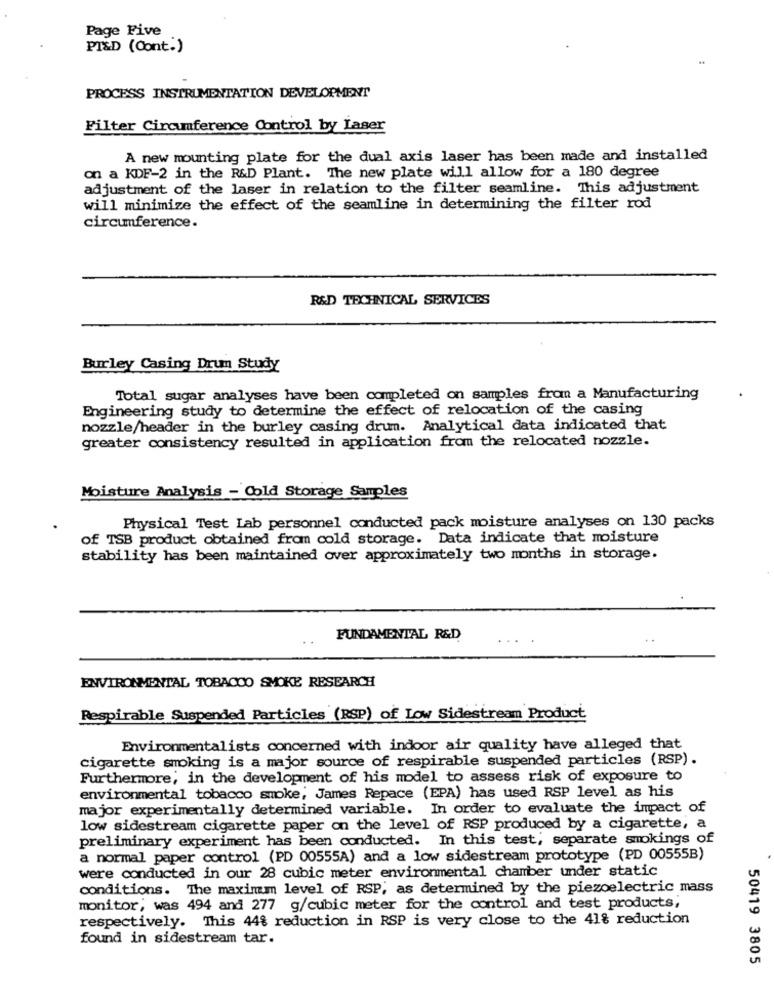
Page Five
PI&D (Cont.)
PROCESS INSTRUMENTATION DEVELOPMENT
Filter Circumference Control by Laser
A new mounting plate for the dual axis laser has been made and installed
on a KDF-2 in the R&D Plant. The new plate will allow for a 180 degree
adjustment of the laser in relation to the filter seamline. This adjustment
will minimize the effect of the seamline in determining the filter rod
circumference.
R&D TECHNICAL SERVICES
Burley Casing Drum Study
Total sugar analyses have been completed on samples from a Manufacturing
Engineering study to determine the effect of relocation of the casing
nozzle/header in the burley casing drum. Analytical data indicated that
greater consistency resulted in application from the relocated nozzle.
Moisture Analysis - Cold Storage Samples
Physical Test Lab personnel conducted pack moisture analyses on 130 packs
of TSB product obtained from cold storage. Data indicate that moisture
stability has been maintained over approximately two months in storage.
FUNDAMENTAL R&D
ENVIRONMENTAL TOBACCO SMOKE RESEARCH
Respirable Suspended Particles (RSP) of Low Sidestream Product
Environmentalists concerned with indoor air quality have alleged that
cigarette smoking is a major source of respirable suspended particles (RSP).
Furthermore, in the development of his model to assess risk of exposure to
environmental tobacco smoke, James Repace (EPA) has used RSP level as his
major experimentally determined variable. In order to evaluate the impact of
low sidestream cigarette paper on the level of RSP produced by a cigarette, a
preliminary experiment has been conducted. In this test, separate smokings of
a normal paper control (PD 00555A) and a low sidestream prototype (PD 00555B)
were conducted in our 28 cubic meter environmental chamber under static
conditions. The maximum level of RSP; as determined by the piezoelectric mass
monitor, was 494 and 277 g/cubic meter for the control and test products;
respectively. This 44% reduction in RSP is very close to the 41% reduction
found in sidestream tar.
50419 3805